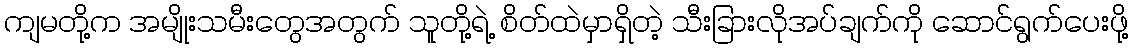
ကျမတို့က အမျိုးသမီးတွေအတွက် သူတို့ရဲ့ စိတ်ထဲမှာရှိတဲ့ သီးခြားလိုအပ်ချက်ကို ဆောင်ရွက်ပေးဖို့